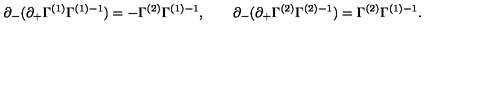
\partial _ { - } ( \partial _ { + } \Gamma ^ { ( 1 ) } \Gamma ^ { ( 1 ) - 1 } ) = - \Gamma ^ { ( 2 ) } \Gamma ^ { ( 1 ) - 1 } , \qquad \partial _ { - } ( \partial _ { + } \Gamma ^ { ( 2 ) } \Gamma ^ { ( 2 ) - 1 } ) = \Gamma ^ { ( 2 ) } \Gamma ^ { ( 1 ) - 1 } .